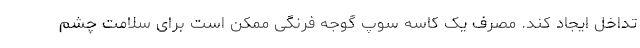
تداخل ایجاد کند. مصرف یک کاسه سوپ گوجه فرنگی ممکن است برای سلامت چشم